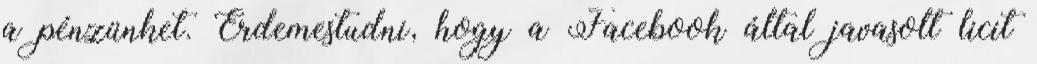
a pénzünket. Érdemestudni, hogy a Facebook által javasolt licit